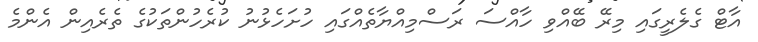
އާޓް ގެލެރީގައި މިރޭ ބޭއްވި ހާއްސަ ރަސްމިއްޔާތެއްގައި ހުށަހެޅުނު ކުރެހުންތަކުގެ ތެރެއިން އެންމެ